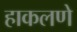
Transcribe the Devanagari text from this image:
हाकलणे